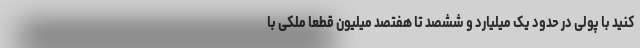
کنید با پولی در حدود یک میلیارد و ششصد تا هفتصد میلیون قطعا ملکی با